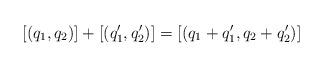
LaTeX: \begin{align*}[(q_1,q_2)]+[(q_1',q_2')]=[(q_1+q_1',q_2+q_2')]\end{align*}